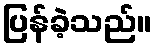
ပြန်ခဲ့သည်။